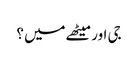
جی اور میٹھے میں ؟